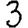
Digit: 3